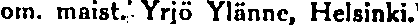
om. maist. Yrjö Ylänne, Helsinki.